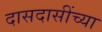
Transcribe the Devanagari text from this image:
दासदासींच्या